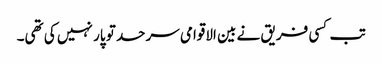
تب کسی فریق نے بین الاقوامی سرحد تو پار نہیں کی تھی۔